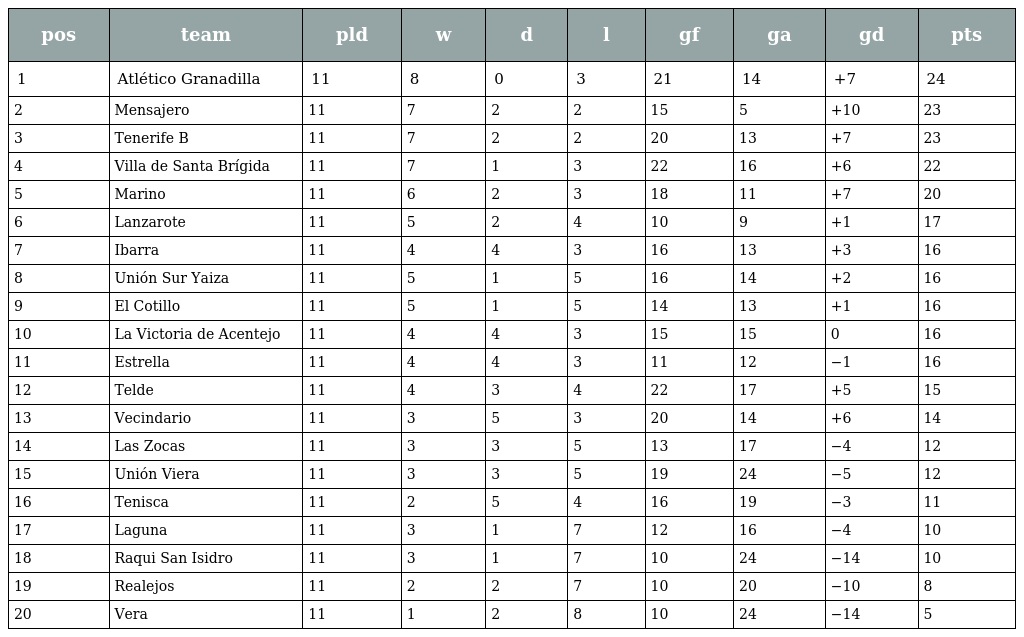
| pos | team | pld | w | d | l | gf | ga | gd | pts |
 | --- | --- | --- | --- | --- | --- | --- | --- | --- | --- |
 | 1 | Atlético Granadilla | 11 | 8 | 0 | 3 | 21 | 14 | +7 | 24 |
 | 2 | Mensajero | 11 | 7 | 2 | 2 | 15 | 5 | +10 | 23 |
 | 3 | Tenerife B | 11 | 7 | 2 | 2 | 20 | 13 | +7 | 23 |
 | 4 | Villa de Santa Brígida | 11 | 7 | 1 | 3 | 22 | 16 | +6 | 22 |
 | 5 | Marino | 11 | 6 | 2 | 3 | 18 | 11 | +7 | 20 |
 | 6 | Lanzarote | 11 | 5 | 2 | 4 | 10 | 9 | +1 | 17 |
 | 7 | Ibarra | 11 | 4 | 4 | 3 | 16 | 13 | +3 | 16 |
 | 8 | Unión Sur Yaiza | 11 | 5 | 1 | 5 | 16 | 14 | +2 | 16 |
 | 9 | El Cotillo | 11 | 5 | 1 | 5 | 14 | 13 | +1 | 16 |
 | 10 | La Victoria de Acentejo | 11 | 4 | 4 | 3 | 15 | 15 | 0 | 16 |
 | 11 | Estrella | 11 | 4 | 4 | 3 | 11 | 12 | −1 | 16 |
 | 12 | Telde | 11 | 4 | 3 | 4 | 22 | 17 | +5 | 15 |
 | 13 | Vecindario | 11 | 3 | 5 | 3 | 20 | 14 | +6 | 14 |
 | 14 | Las Zocas | 11 | 3 | 3 | 5 | 13 | 17 | −4 | 12 |
 | 15 | Unión Viera | 11 | 3 | 3 | 5 | 19 | 24 | −5 | 12 |
 | 16 | Tenisca | 11 | 2 | 5 | 4 | 16 | 19 | −3 | 11 |
 | 17 | Laguna | 11 | 3 | 1 | 7 | 12 | 16 | −4 | 10 |
 | 18 | Raqui San Isidro | 11 | 3 | 1 | 7 | 10 | 24 | −14 | 10 |
 | 19 | Realejos | 11 | 2 | 2 | 7 | 10 | 20 | −10 | 8 |
 | 20 | Vera | 11 | 1 | 2 | 8 | 10 | 24 | −14 | 5 |